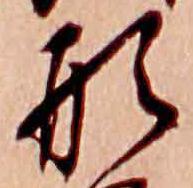
形